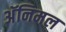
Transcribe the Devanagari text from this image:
अॅनिमल